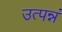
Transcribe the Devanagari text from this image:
उत्पन्नं